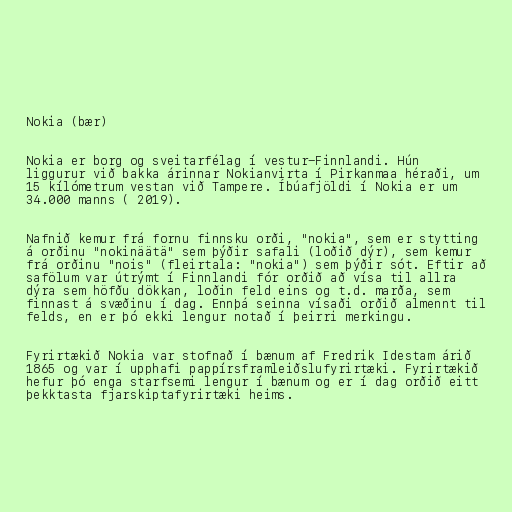
Nokia (bær)

Nokia er borg og sveitarfélag í vestur-Finnlandi. Hún
liggurur við bakka árinnar Nokianvirta í Pirkanmaa héraði, um
15 kílómetrum vestan við Tampere. Íbúafjöldi í Nokia er um
34.000 manns ( 2019).

Nafnið kemur frá fornu finnsku orði, "nokia", sem er stytting
á orðinu "nokinäätä" sem þýðir safali (loðið dýr), sem kemur
frá orðinu "nois" (fleirtala: "nokia") sem þýðir sót. Eftir að
safölum var útrýmt í Finnlandi fór orðið að vísa til allra
dýra sem höfðu dökkan, loðin feld eins og t.d. marða, sem
finnast á svæðinu í dag. Ennþá seinna vísaði orðið almennt til
felds, en er þó ekki lengur notað í þeirri merkingu.

Fyrirtækið Nokia var stofnað í bænum af Fredrik Idestam árið
1865 og var í upphafi pappírsframleiðslufyrirtæki. Fyrirtækið
hefur þó enga starfsemi lengur í bænum og er í dag orðið eitt
þekktasta fjarskiptafyrirtæki heims.